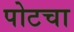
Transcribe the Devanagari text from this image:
पोटचा